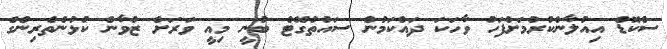
ސްކޮޑް އިއުލާންކުރުމަށްފަހު ވާހަކަ ދައްކަމުން ސައުތުގޭޓް ބުނީ މިއީ ވަރަށް ޒުވާން ކުޅުންތެރިންގެ